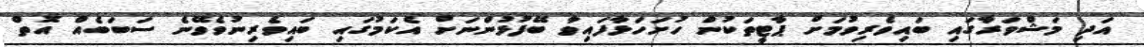
އަދި މަޝްވަރާގައި ބައިވެރިވުމަށް ޕާޓީތަކުން ހުށަހަޅާފައިވާ ބޭފުޅުންނަށް އެެކަމުގައި ބައިވެރިނުވެވޭނެ ސަބަބެއް އޮތް